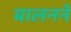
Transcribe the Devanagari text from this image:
बालनने